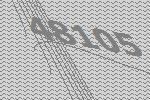
48105